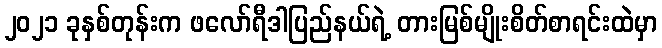
၂၀၂၁ ခုနှစ်တုန်းက ဖလော်ရီဒါပြည်နယ်ရဲ့ တားမြစ်မျိုးစိတ်စာရင်းထဲမှာ